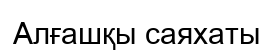
Алғашқы саяхаты